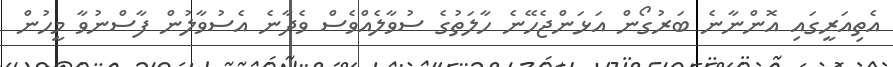
އެތިއަރީގައި އޮންނާނެ ބަރުގޯން އަޅަންޖެހޭނެ ހާލަތުގެ ސުވާލެއްވެސް ވެދާނެ އެސުވާލުން ފާސްނުވާ މީހުން